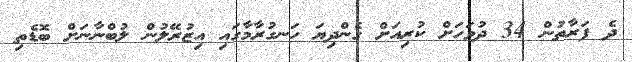
ދެ ފަރާތުން 34 ދުވަހަށް ކުރިއަށް ގެންދިޔަ ހަނގުރާމާގައި އިޒުރޭލުން ލުބްނާނަށް ބޮޑެތި